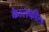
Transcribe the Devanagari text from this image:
काेलफील्ड